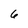
Character: 6